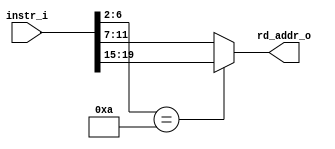
module rd_select(
    instr_i,  // Instruction data
    rd_addr_o // Destination register index
);

input [32-1:0] instr_i;
output [5-1:0] rd_addr_o;
wire [5-1:0]rs1_addr; // Source register 1 index
wire [5-1:0]rd_addr; // Destination register index
wire [6:2]opcode; // Instruction opcode

assign opcode = instr_i[6:2];
assign rs1_addr = instr_i[19:15];
assign rd_addr = instr_i[11:7];

assign rd_addr_o = (opcode == 5'b01010) ? rs1_addr : rd_addr; //select output signal


endmodule